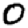
Digit: 0